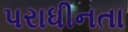
પરાધીનતા